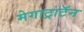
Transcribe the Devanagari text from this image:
मेगाट्राटॅन